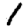
Digit: 1